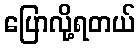
ပြောလို့ရတယ်